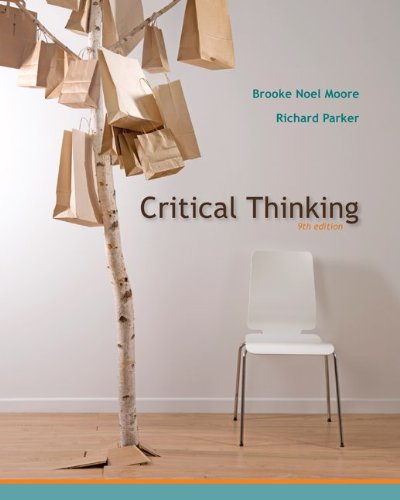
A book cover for Critical Thinking, Ninth Edition; Brooke Noel Moore; Politics & Social Sciences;